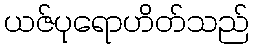
ယဇ်ပုရောဟိတ်သည်